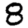
Digit: 8